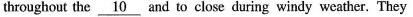
throughout the \underline{10} and to close during windy weather. They